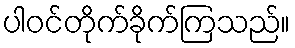
ပါဝင်တိုက်ခိုက်ကြသည်။